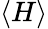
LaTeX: \left\langle{H}\right\rangle